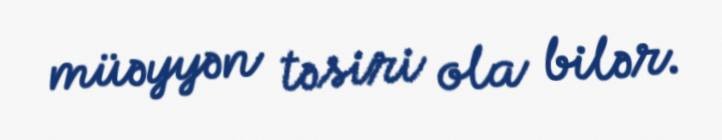
müəyyən təsiri ola bilər.